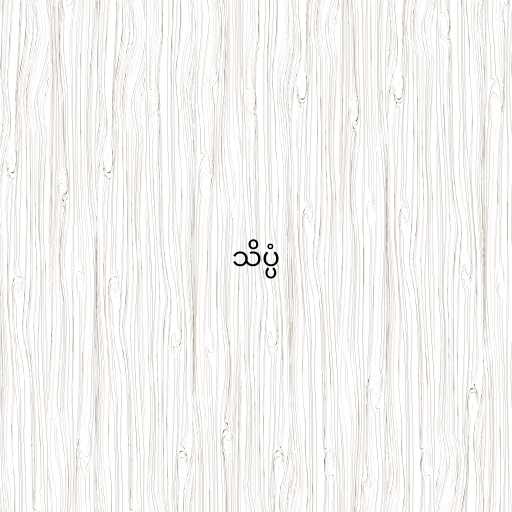
သိပ္ပံ